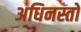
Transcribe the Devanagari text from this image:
अधिनस्तो